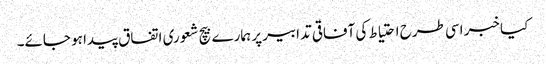
کیا خبر اسی طرح احتیاط کی آفاقی تدابیر پر ہمارے بیچ شعوری اتفاق پیدا ہو جائے۔